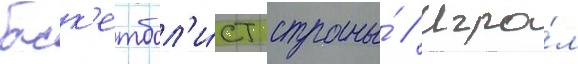
баск'етбол'и́ст страны́ // Игра́л